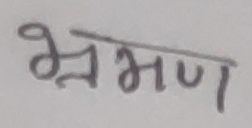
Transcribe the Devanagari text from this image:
भ्रमण